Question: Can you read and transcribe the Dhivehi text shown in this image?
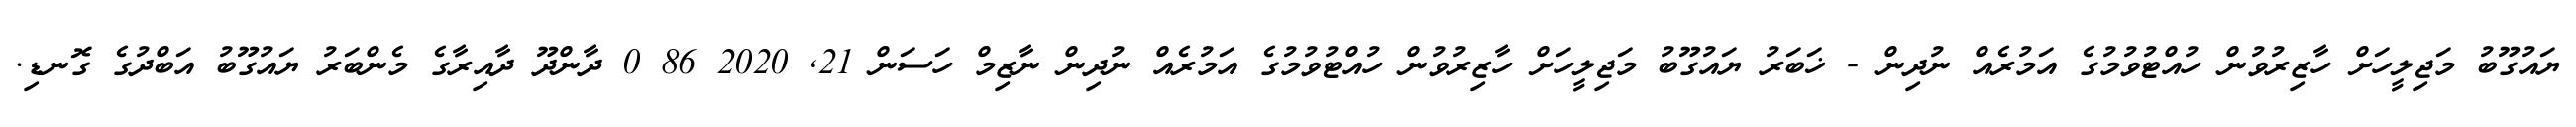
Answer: ޔައުގޫބު މަޖިލީހަށް ހާޒިރުވުން ހުއްޓުވުމުގެ އަމުރެއް ނުދިން - ޚަބަރު ޔައުގޫބު މަޖިލީހަށް ހާޒިރުވުން ހުއްޓުވުމުގެ އަމުރެއް ނުދިން ނާޒިމް ހަސަން 21, 2020 86 0 ދާންދޫ ދާއިރާގެ މެންބަރު ޔައުގޫބު އަބްދުގެ ގޮނޑި.